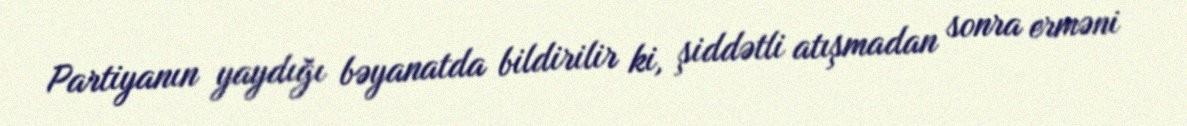
Partiyanın yaydığı bəyanatda bildirilir ki, şiddətli atışmadan sonra erməni